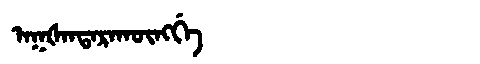
Manchu: ᠠᡴᡧᠠᠨᡨᠠᡵᠠᡴᡡᠩᡤᡝ
Romanization: AKŠANTARAKŪNGGE